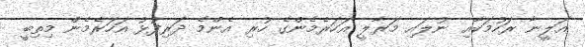
އަލީނާ ރަހުމަކާއި ނުލައި މަރާލީ އަހަރެމެންގެ ހުރި އެންމެ ދަރިފުޅު އަހަރެމެން މިތިބީ